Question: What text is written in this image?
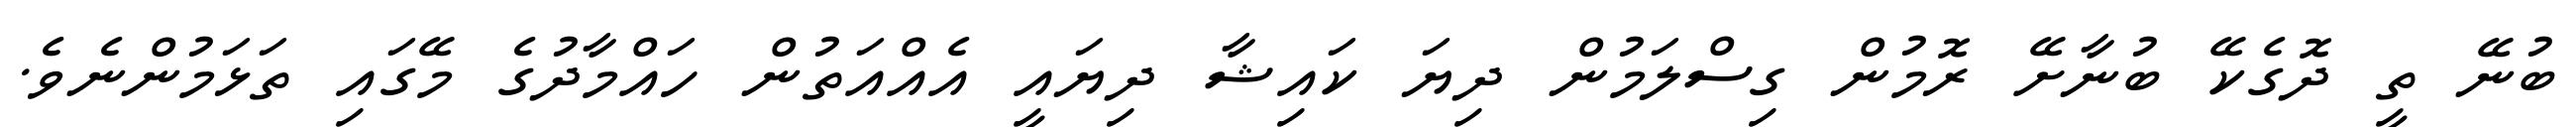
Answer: ބުނޭ ތީ ދޮގެކޭ ބުނާށޭ ރޮމުން ގިސްލަމުން ދިޔަ ކައިޝާ ދިޔައީ އެއްއަތުން ހައްމާދުގެ މޭގައި ތަޅަމުންނެވެ.